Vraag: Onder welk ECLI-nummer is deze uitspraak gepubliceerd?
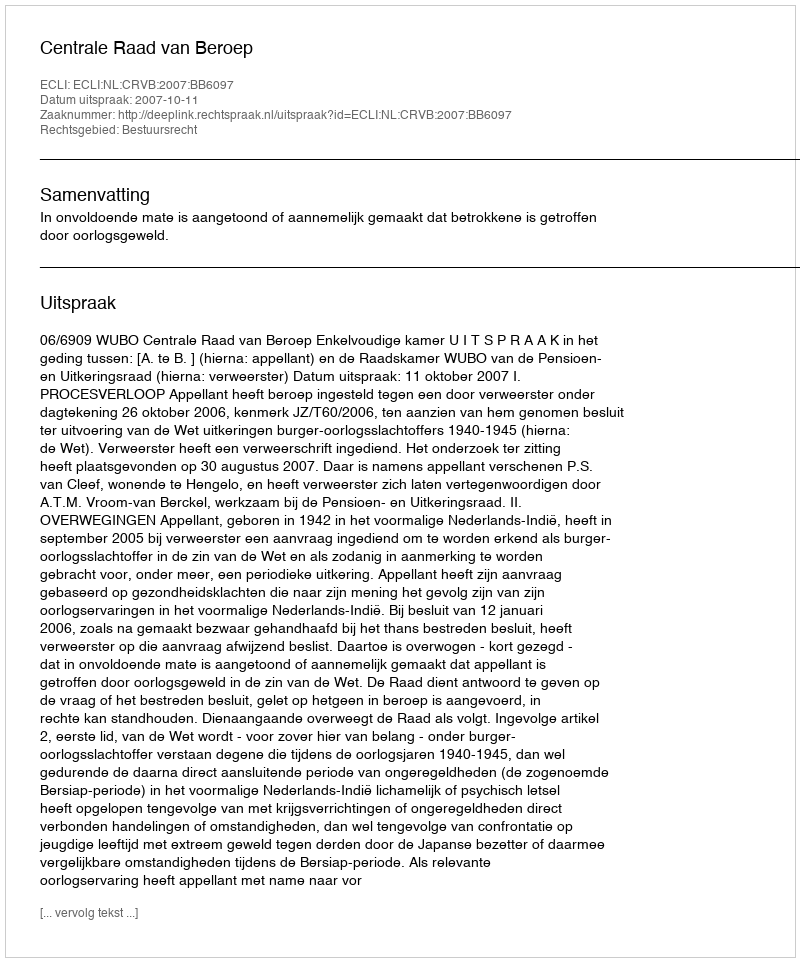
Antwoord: ECLI:NL:CRVB:2007:BB6097